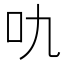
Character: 㕤